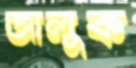
জালুক